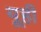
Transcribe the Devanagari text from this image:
यूही